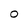
Character: O